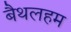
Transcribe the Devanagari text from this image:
बैथलहम